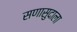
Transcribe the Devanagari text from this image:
सणासुदाला